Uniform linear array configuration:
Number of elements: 32
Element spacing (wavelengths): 0.25
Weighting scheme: uniform
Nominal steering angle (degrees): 0
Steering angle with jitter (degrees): -0.0348
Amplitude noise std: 0.05
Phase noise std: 0.05

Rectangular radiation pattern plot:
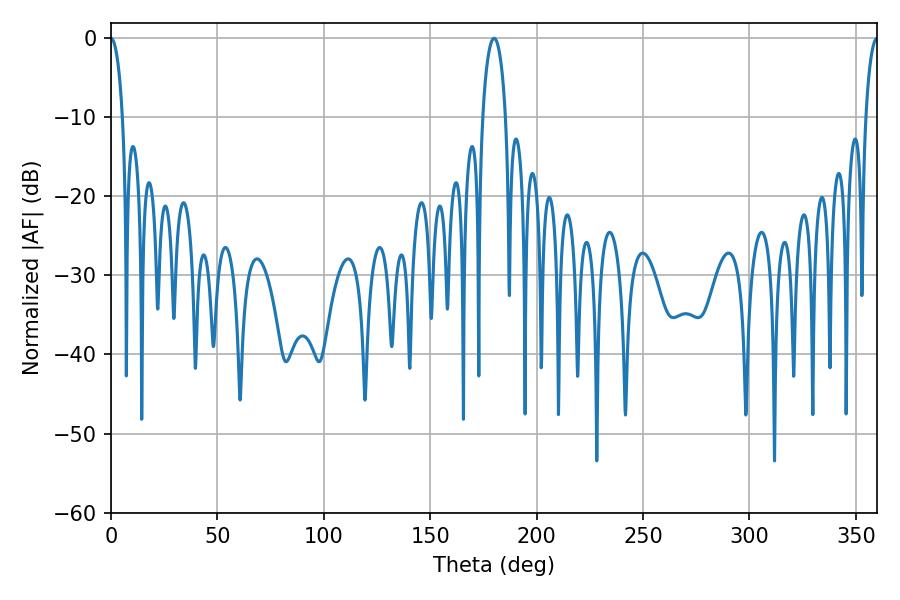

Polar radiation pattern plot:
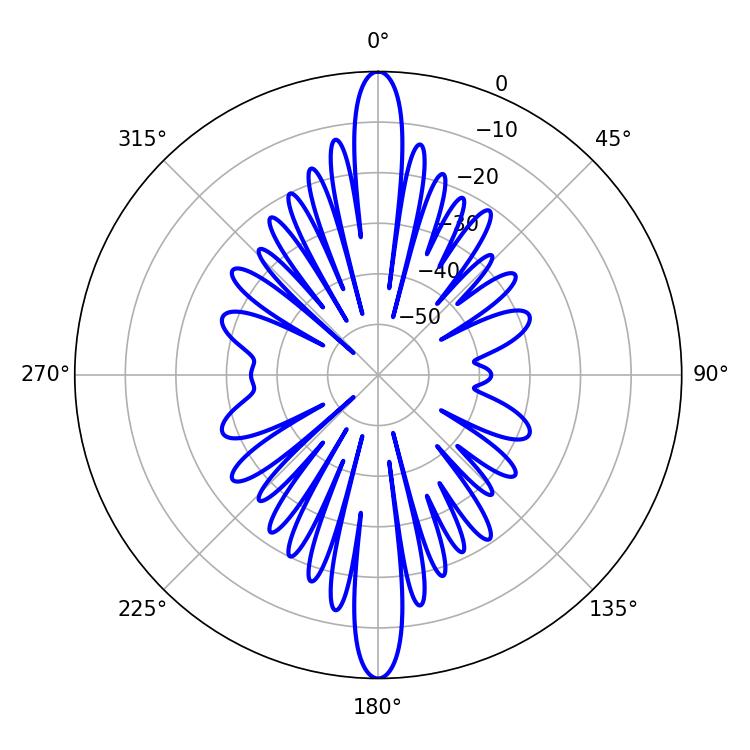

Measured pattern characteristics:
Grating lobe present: FALSE
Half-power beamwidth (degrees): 3.06
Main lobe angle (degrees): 360